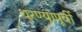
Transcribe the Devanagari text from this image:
धरण्यापूर्वी